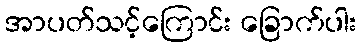
အာပတ်သင့်ကြောင်း ခြောက်ပါး